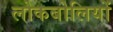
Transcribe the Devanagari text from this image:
लोकबोलियों